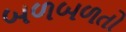
બળબળતો